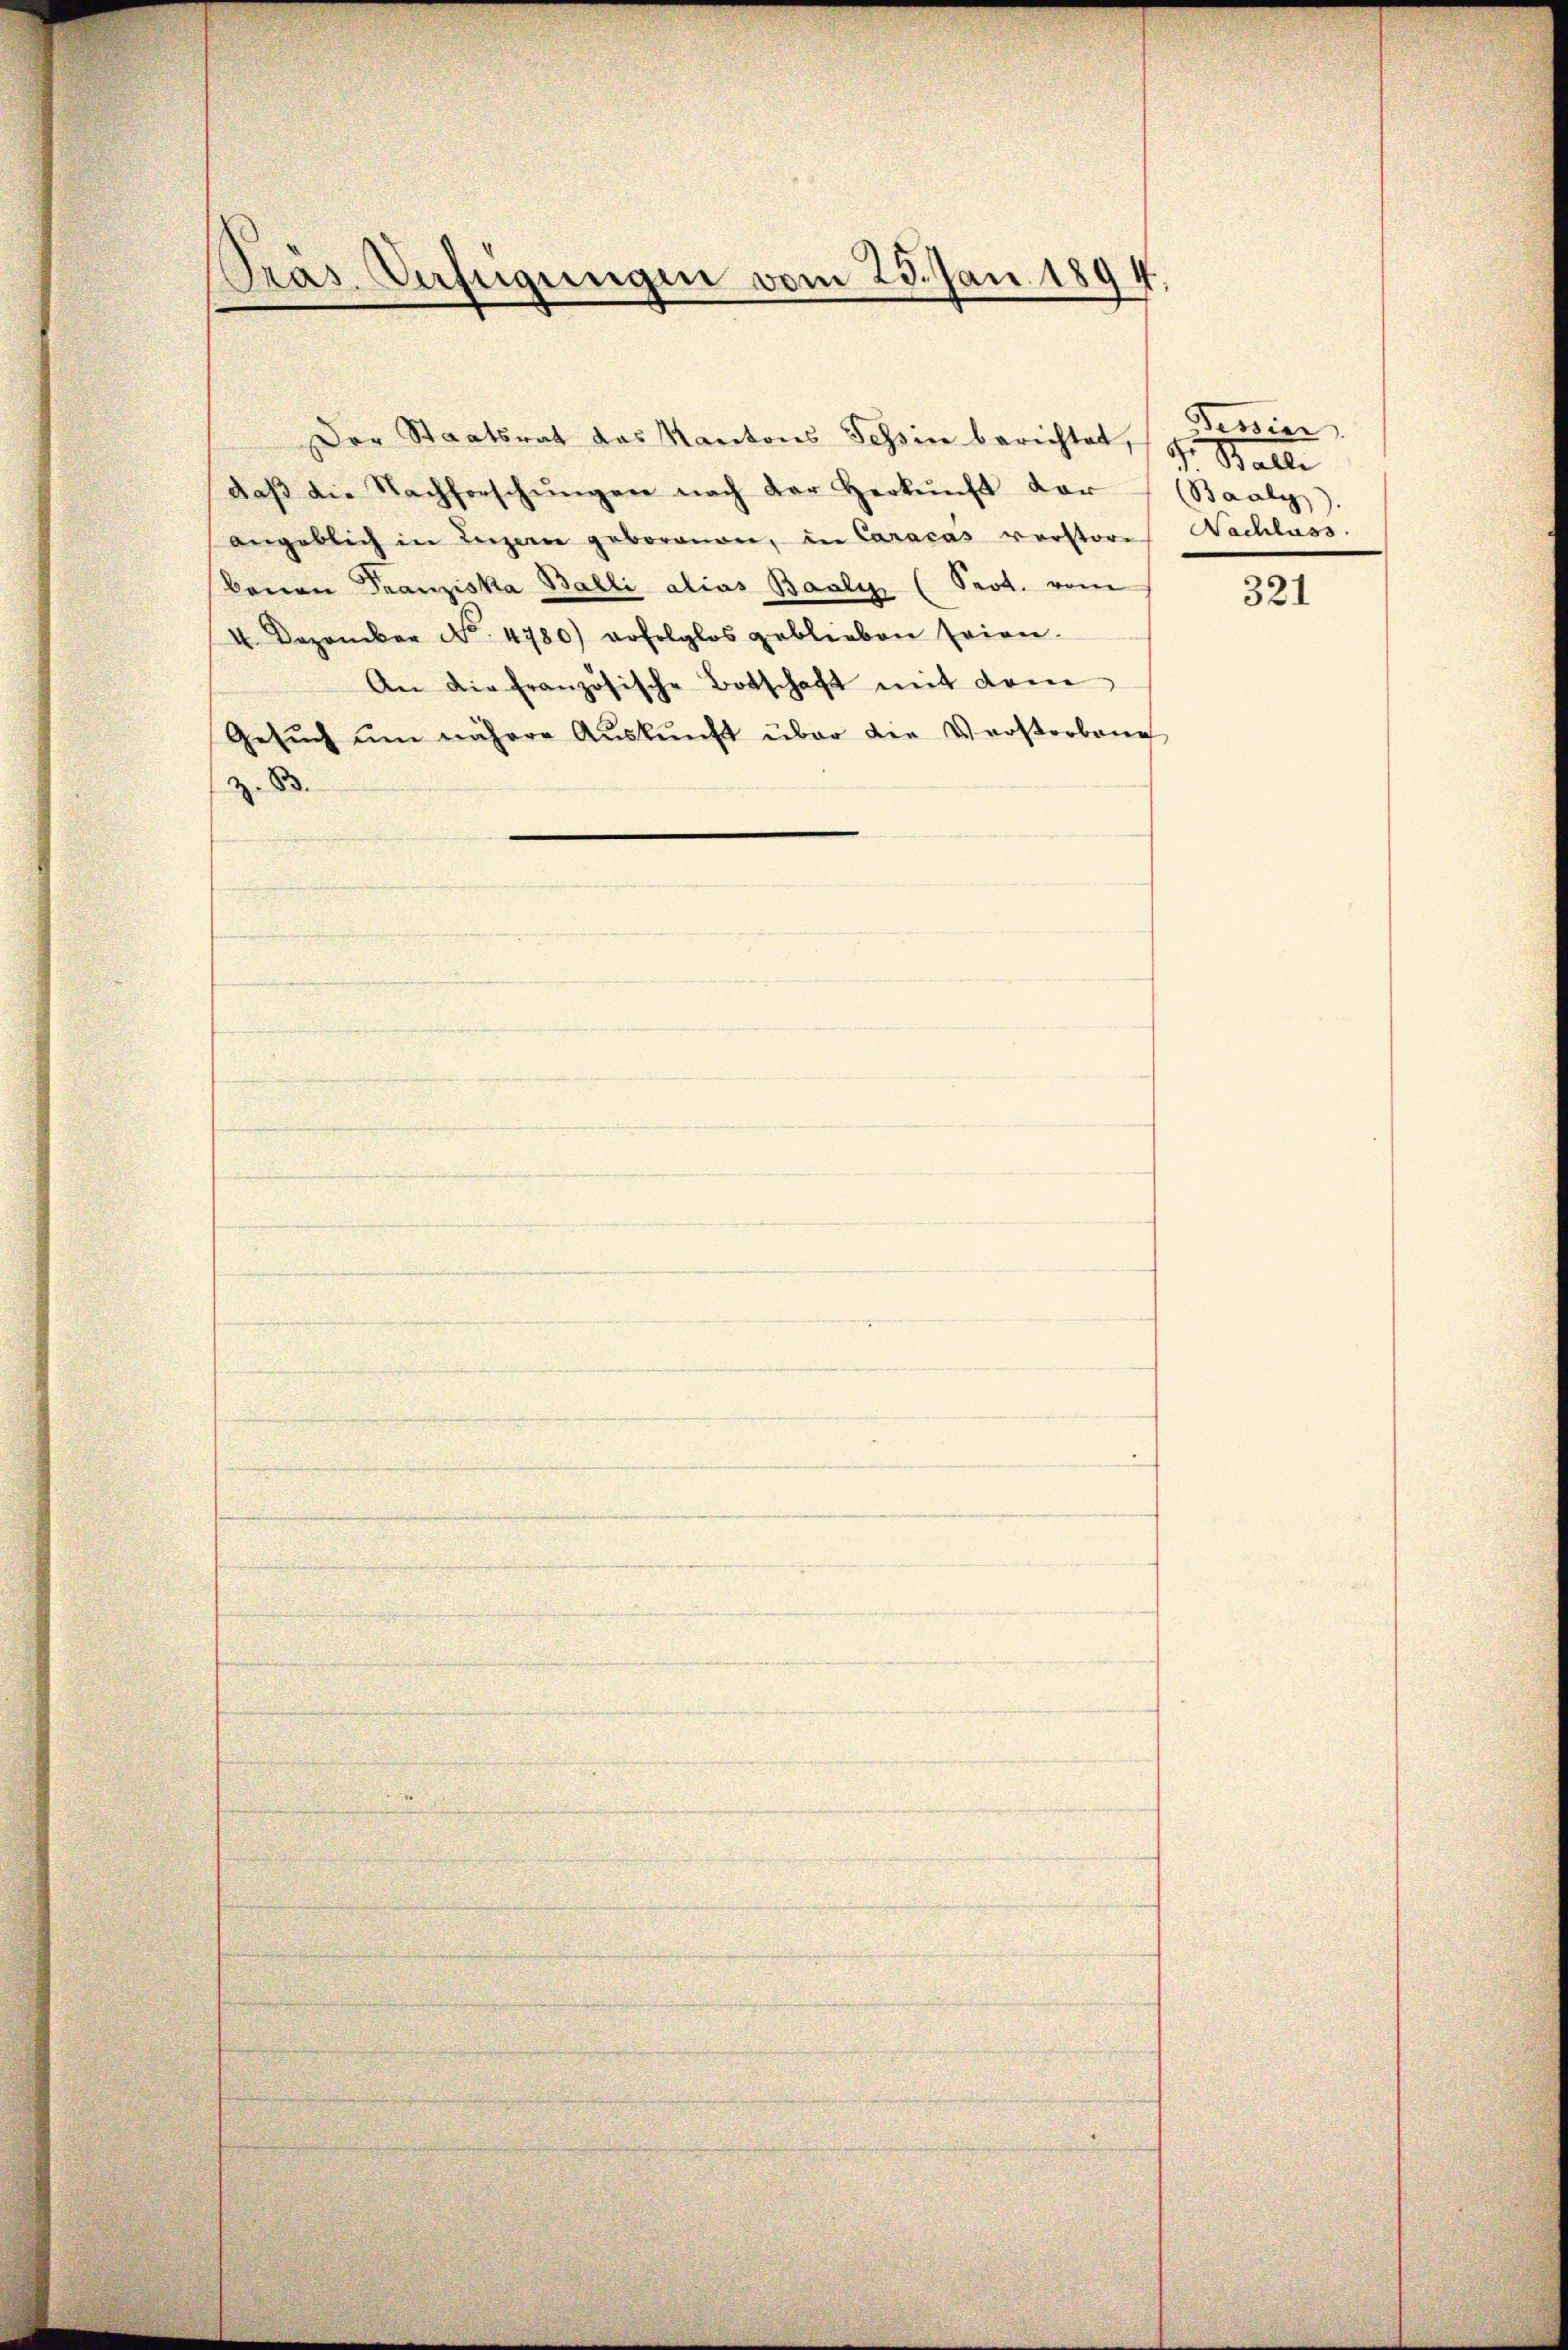
Pras Verfügungen vom 23. Jan. 1894

Der Staatsrat das Kantons Tessin berichtet, (s. Balli
daβ die Nachforschŭngen nach der Herkunft dar
angeblich in Luzern geborenen, in Caracas verstor. Nachluss.
Baron Franziska Balli alias Baaly (Sept. vom
I. Dezember No. 4780) erfolglos geblieben seien.
An die französische Botschaft mit dem
Gesŭch ŭm nähere Aŭskŭnft über die Verstorbene
. 83.

Tessin.
(Baaly).

321